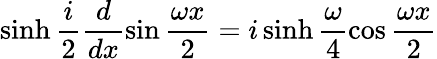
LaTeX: \sinh\frac{i}{2}\frac{d}{dx}\sin\frac{\omega x}{2}=i\sinh\frac{\omega}{4}\cos\frac{\omega x}{2}